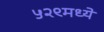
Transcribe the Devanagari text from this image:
५२९मध्ये